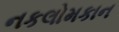
નકલોમકાન